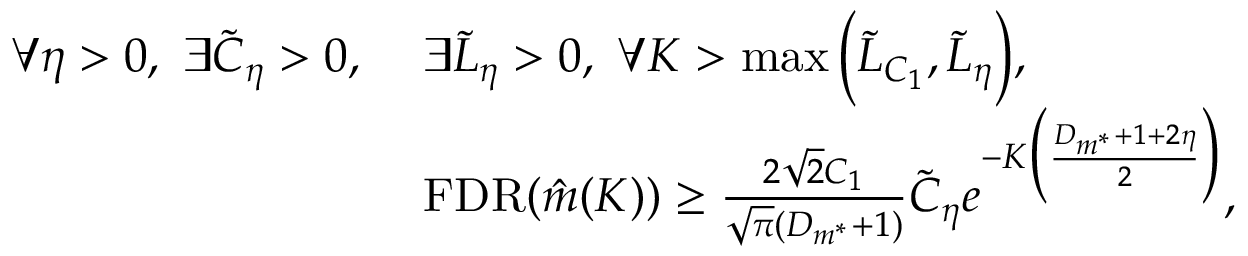
\begin{array} { r l } { \forall \eta > 0 , \ \exists \Tilde { C } _ { \eta } > 0 , \ } & { \exists \Tilde { L } _ { \eta } > 0 , \ \forall K > \operatorname* { m a x } \Big ( \Tilde { L } _ { C _ { 1 } } , \Tilde { L } _ { \eta } \Big ) , } \\ & { \mathrm { F D R } ( \Hat { m } ( K ) ) \geq \frac { 2 \sqrt { 2 } C _ { 1 } } { \sqrt { \pi } ( D _ { m ^ { * } } + 1 ) } \Tilde { C } _ { \eta } e ^ { - K \Big ( \frac { D _ { m ^ { * } } + 1 + 2 \eta } { 2 } \Big ) } , } \end{array}